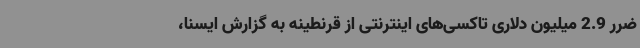
ضرر 2.9 میلیون دلاری تاکسی‌های اینترنتی از قرنطینه به گزارش ایسنا،